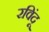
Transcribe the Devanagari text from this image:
रविंदू